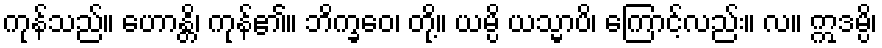
ကုန်သည်။ ဟောန္တိ၊ ကုန်၏။ ဘိက္ခဝေ၊ တို့။ ယမ္ပိ ယသ္မာပိ၊ ကြောင့်လည်း။ လ။ ဣဒမ္ပိ၊